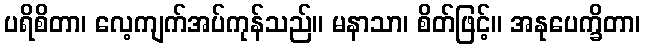
ပရိစိတာ၊ လေ့ကျက်အပ်ကုန်သည်။ မနာသာ၊ စိတ်ဖြင့်။ အနုပေက္ခိတာ၊